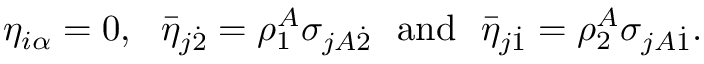
\eta _ { i \alpha } = 0 , ~ ~ \bar { \eta } _ { j \dot { 2 } } = \rho _ { 1 } ^ { A } \sigma _ { j A \dot { 2 } } ~ ~ \mathrm { a n d } ~ ~ \bar { \eta } _ { j \dot { 1 } } = \rho _ { 2 } ^ { A } \sigma _ { j A \dot { 1 } } .